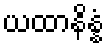
ယထာနိန္နံ